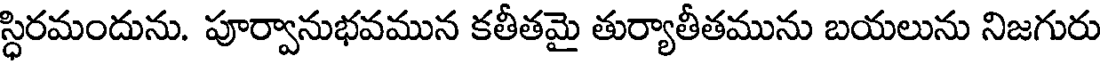
స్ధిరమందును. పూర్వానుభవమున కతీతమై తుర్యాతీతమును బయలును నిజగురు